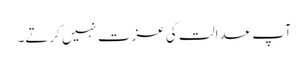
آپ عدالت کی عزت نہیں کرتے۔